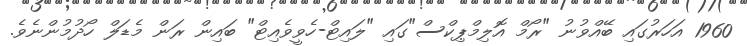
1960 އަހަރުގައި ބޭއްވުނު "ރޯމް އޮލިމްޕިކްސް"ގައި "ލައިޓް-ހެވީވެއިޓް" ބައިން ރަން މެޑަލް ހޯދުމުންނެވެ.